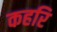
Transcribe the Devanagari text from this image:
कहरि